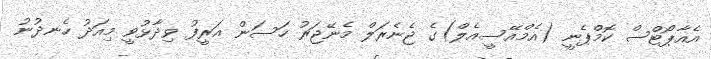
އެއާޕޯޓްސް ކޮމްޕެނީ (އެމްއޭސީއެލް)ގެ ޖެނެރަލް މެނޭޖަރު ހަސަން އަރީފު ވިދާޅުވީ މިއަދު ހެނދުނު